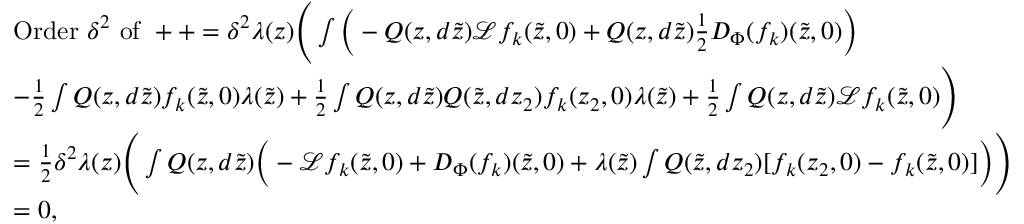
\begin{array} { r l } & { \mathrm { O r d e r ~ } \delta ^ { 2 } \mathrm { ~ o f ~ } + + = \delta ^ { 2 } \lambda ( z ) \Bigg ( \int \Big ( - Q ( z , d \tilde { z } ) \mathcal { L } f _ { k } ( \tilde { z } , 0 ) + Q ( z , d \tilde { z } ) \frac { 1 } { 2 } D _ { \Phi } ( f _ { k } ) ( \Tilde { z } , 0 ) \Big ) } \\ & { - \frac { 1 } { 2 } \int Q ( z , d \tilde { z } ) f _ { k } ( \tilde { z } , 0 ) \lambda ( \tilde { z } ) + \frac { 1 } { 2 } \int Q ( z , d \tilde { z } ) Q ( \tilde { z } , d z _ { 2 } ) f _ { k } ( z _ { 2 } , 0 ) \lambda ( \tilde { z } ) + \frac { 1 } { 2 } \int Q ( z , d \tilde { z } ) \mathcal { L } f _ { k } ( \tilde { z } , 0 ) \Bigg ) } \\ & { = \frac { 1 } { 2 } \delta ^ { 2 } \lambda ( z ) \Bigg ( \int Q ( z , d \tilde { z } ) \Big ( - \mathcal { L } f _ { k } ( \tilde { z } , 0 ) + D _ { \Phi } ( f _ { k } ) ( \Tilde { z } , 0 ) + \lambda ( \tilde { z } ) \int Q ( \tilde { z } , d z _ { 2 } ) [ f _ { k } ( z _ { 2 } , 0 ) - f _ { k } ( \tilde { z } , 0 ) ] \Big ) \Bigg ) } \\ & { = 0 , } \end{array}